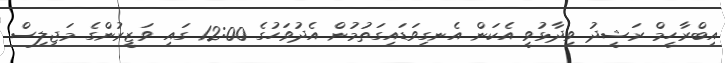
އިބްރާހީމް ރަޝީދު ވިދާޅުވީ އެކަން އެނގިވަޑައިގަތުމުން އެދުވަހުގެ 12:00 ގައި ވަޒީރުންގެ މަޖިލިސް